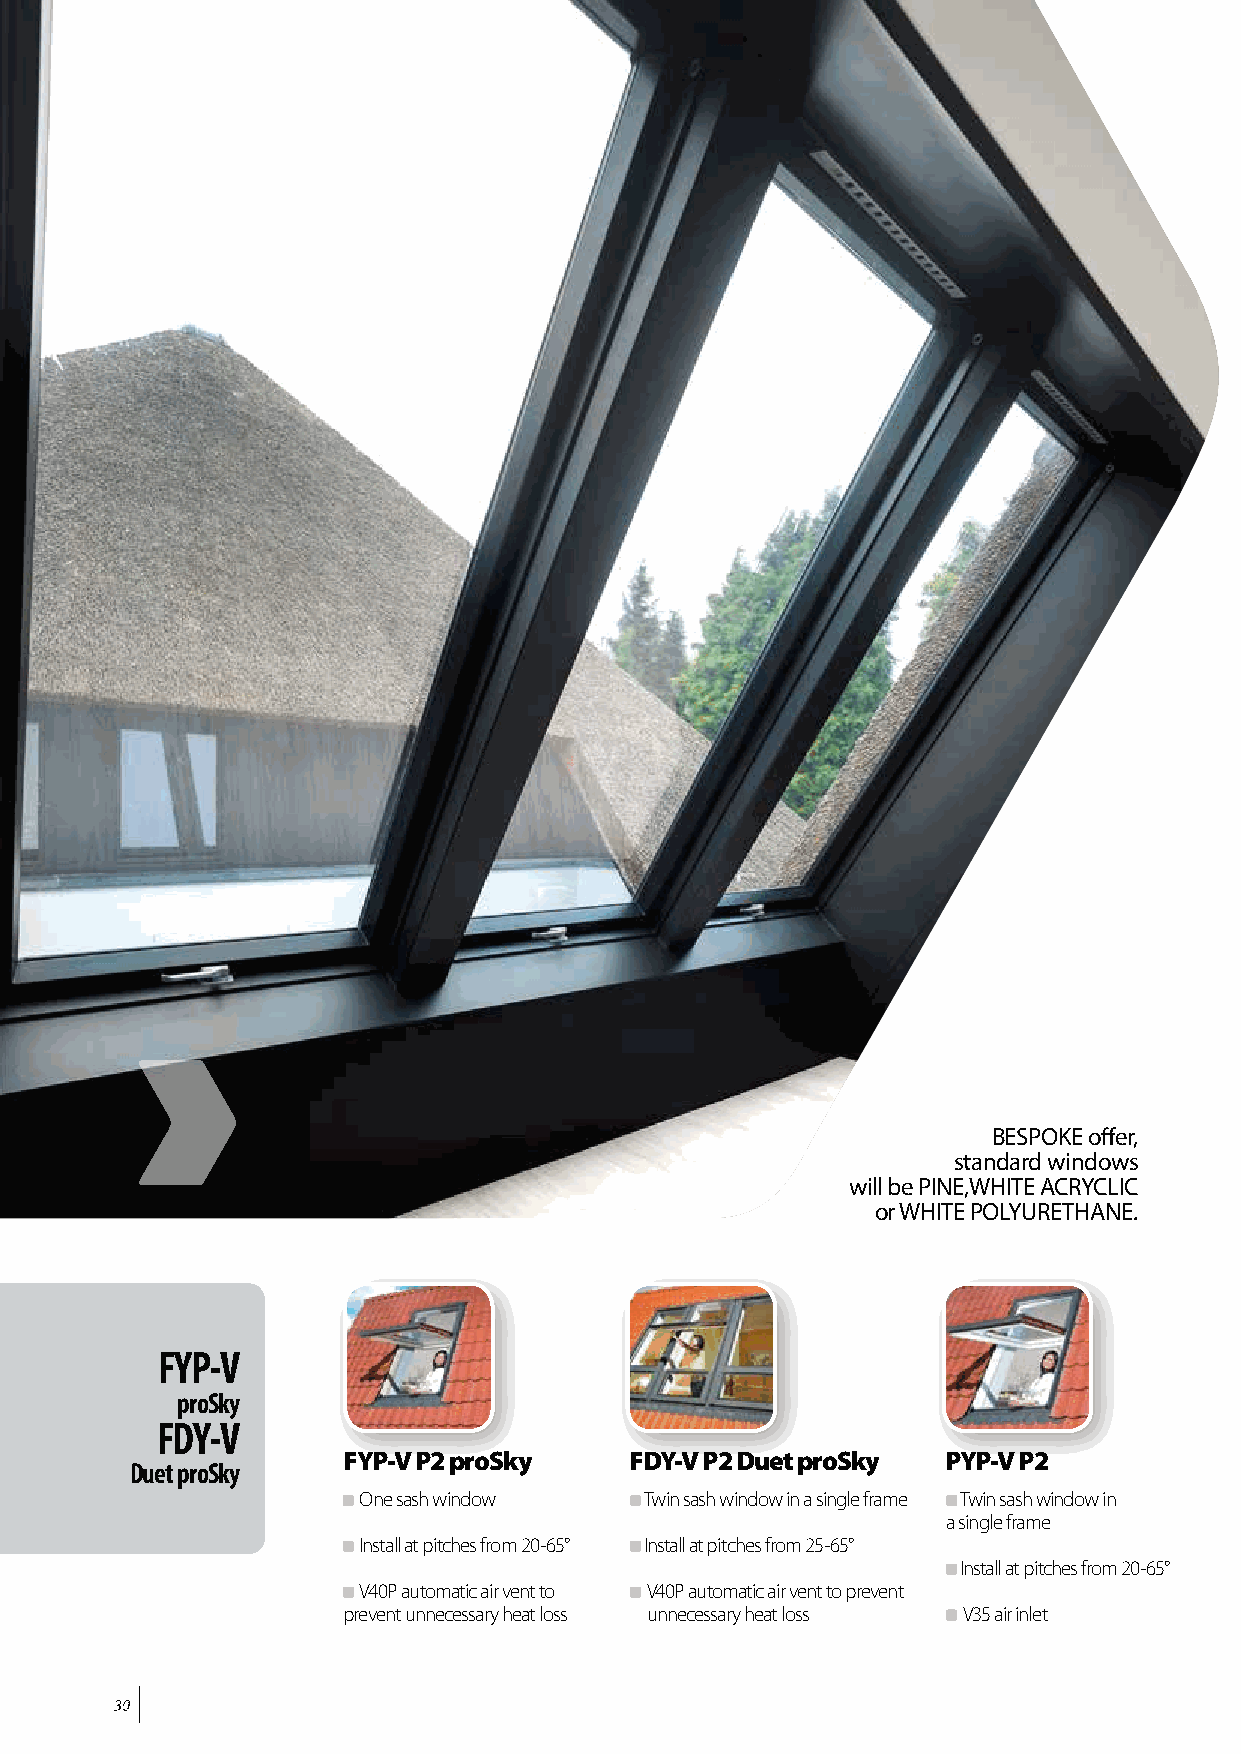
BESPOKE offer,
 standard windows
 will be PINE,WHITE ACRYCLIC
 or WHITE POLYURETHANE.
 FYP-V
 proSky
 FDY-V
 FYP-V P2 proSky    FDY-V P2 Duet proSky PYP-V P2
 Duet proSky
 One sash window    Twin sash window in a single frame Twin sash window in
 a single frame
 Install at pitches from 20-65° Install at pitches from 25-65°
 Install at pitches from 20-65°
 V40P automatic air vent to V40P automatic air vent to prevent
 prevent u nnecessary heat loss unnecessary heat loss V35 air inlet
 3300
 9